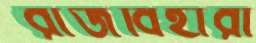
রাজবিহারী